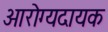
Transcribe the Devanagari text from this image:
आरोग्यदायक